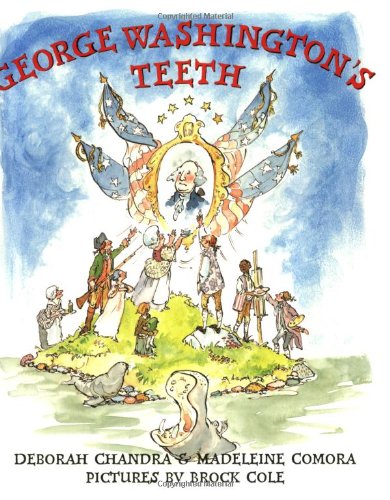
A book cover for George Washington's Teeth; Deborah Chandra; Humor & Entertainment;